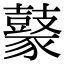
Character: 𪔟